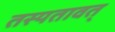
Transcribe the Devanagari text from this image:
तस्यतावत्